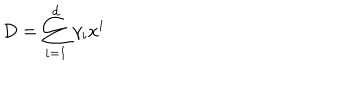
LaTeX: D = \sum _ { i = 1 } ^ { d } \gamma _ { i } x ^ { i }